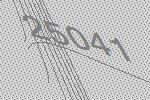
25041